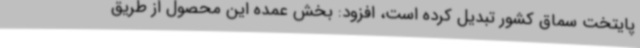
پایتخت سماق کشور تبدیل کرده است، افزود: بخش عمده این محصول از طریق